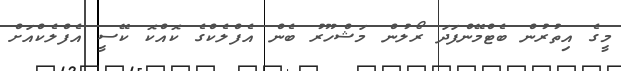
މީގެ އިތުރުން ބެޓްމޭންފަދަ ރޯލުން މަޝްހޫރު ބެން އެފްލެކްގެ ކޮއްކޮ ކޭސީ އެފްލެކްއަށް